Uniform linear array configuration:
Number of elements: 8
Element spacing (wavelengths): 0.5
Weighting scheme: uniform
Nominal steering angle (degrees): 45
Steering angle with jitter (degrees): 45.2
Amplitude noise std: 0.05
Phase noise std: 0.05

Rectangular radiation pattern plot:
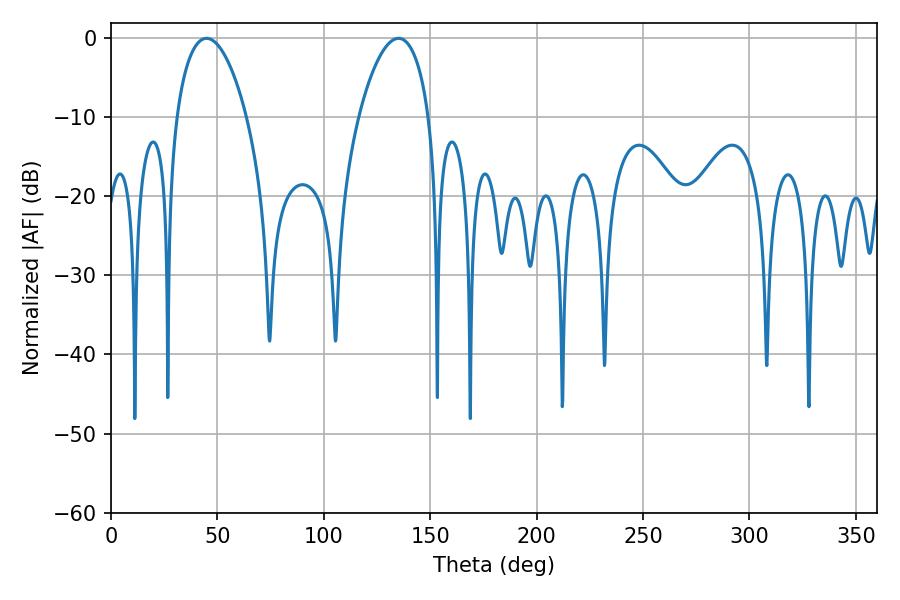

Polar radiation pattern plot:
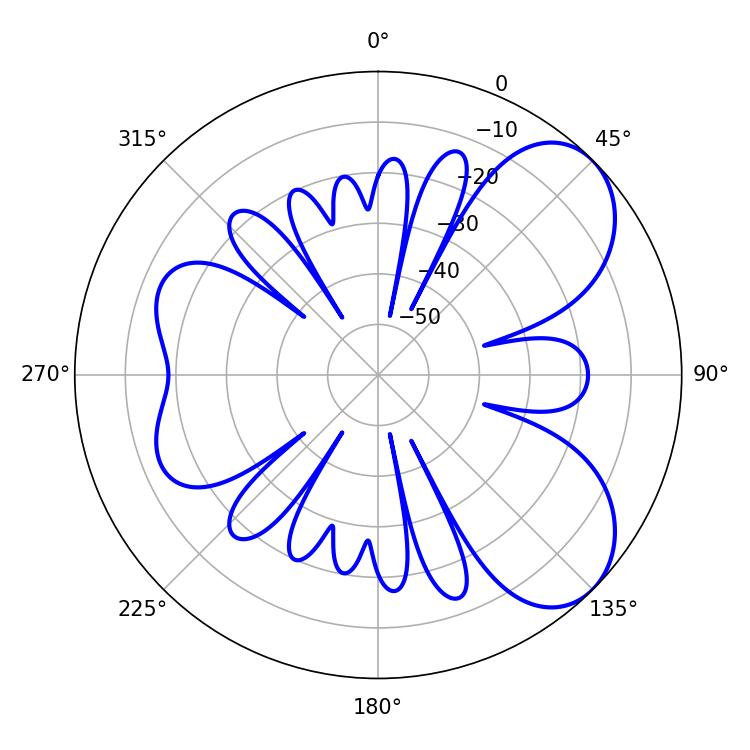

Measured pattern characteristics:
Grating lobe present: FALSE
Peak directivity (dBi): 6.391
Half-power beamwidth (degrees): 18.54
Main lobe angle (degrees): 44.82